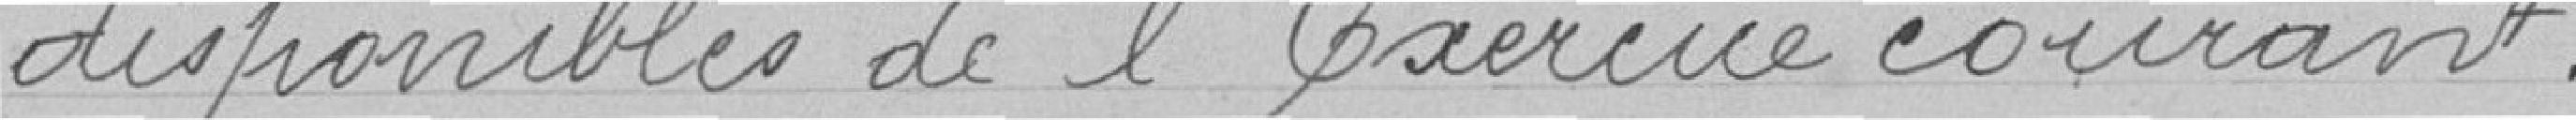
disponibles de l'exercice courant.